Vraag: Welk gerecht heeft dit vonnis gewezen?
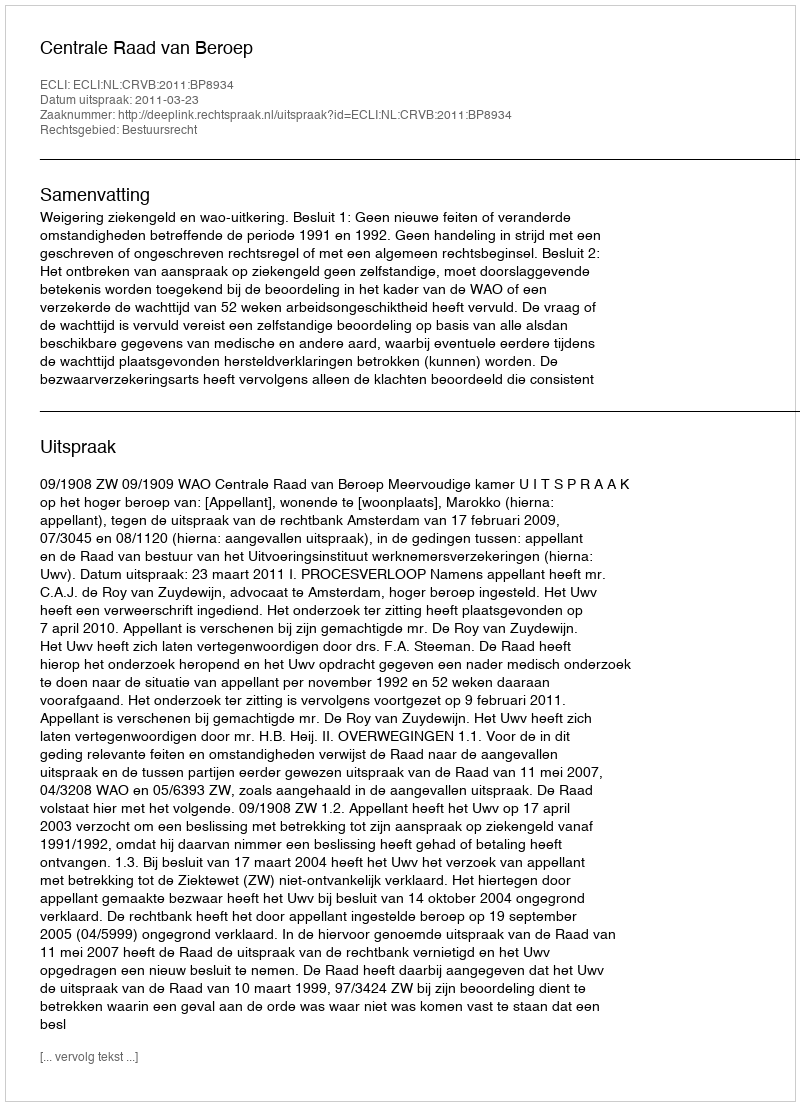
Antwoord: Centrale Raad van Beroep